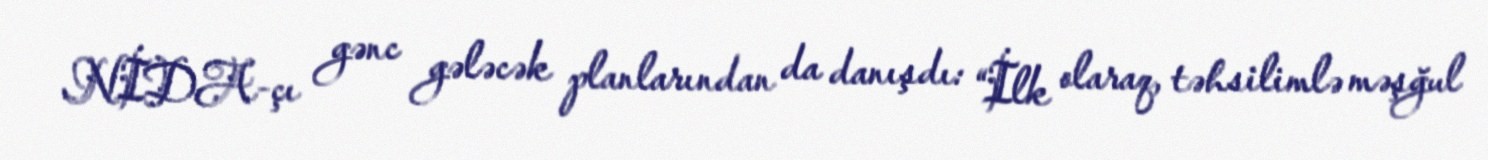
NİDA-çı gənc gələcək planlarından da danışdı: “İlk olaraq, təhsilimlə məşğul